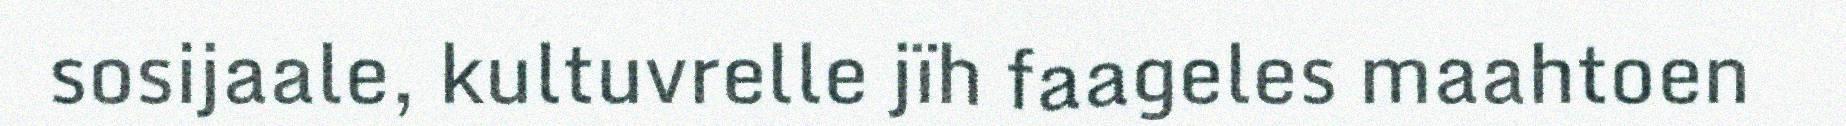
sosijaale, kultuvrelle jïh faageles maahtoen